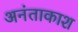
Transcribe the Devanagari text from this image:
अनंताकाश